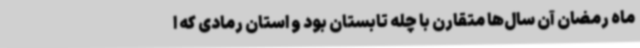
ماه ‌رمضان آن سال‌ها متقارن با چله تابستان بود و استان رمادی که ا